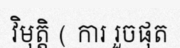
វិមុត្តិ ( ការ រួចផុត